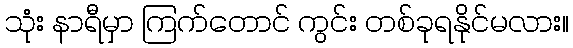
သုံး နာရီမှာ ကြက်တောင် ကွင်း တစ်ခုရနိုင်မလား။